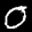
Label: 0